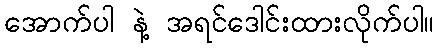
အောက်ပါ နဲ့ အရင်ဒေါင်းထားလိုက်ပါ။